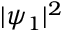
| \psi _ { 1 } | ^ { 2 }